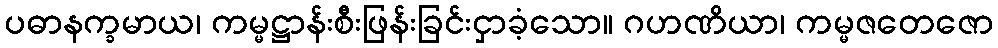
ပဓာနက္ခမာယ၊ ကမ္မဋ္ဌာန်းစီးဖြန်းခြင်းငှာခံ့သော။ ဂဟဏိယာ၊ ကမ္မဇတေဇော